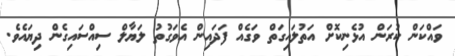
ވައްކަން ކުރަން އުޅެނިކޮށް އަތުލައިގަތް ވަގެއް ފަދައިން އެވަގުތު ލަޔާލް ސިއްސައިގެން ދިޔައެވެ.